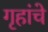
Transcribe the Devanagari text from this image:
गृहांचे